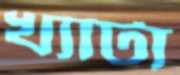
খ্যাটা